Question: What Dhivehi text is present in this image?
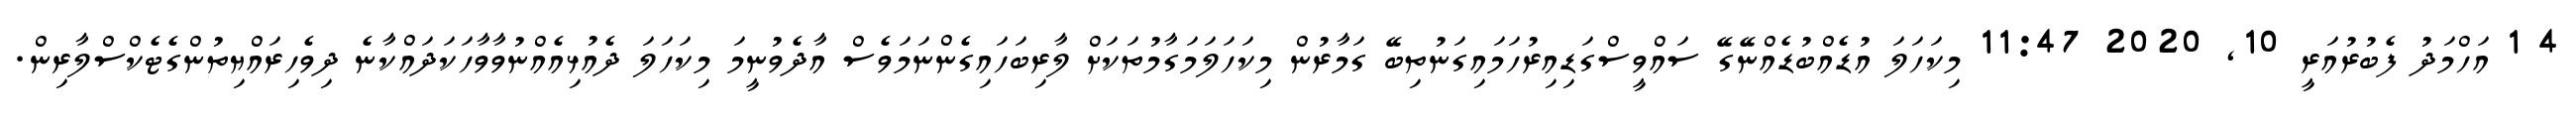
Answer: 4 1 އަހްމަދު ފެބުރުއަރީ 10, 2020 11:47 މިކަހަލަ އުޑެއްބުޑެއްނޭގޭ ސައްވީސްގަޑިއިރުހަމައިގަނުތިބޭ ގަމާރުން މިކަހަލަމަގާމުތަކަށް ލާރިބަހައިގެންނަމަވެސް އާދެވުނީމަ މިކަހަލަ ދެއުޅިއެއްނުވާވާހަކަދައްކާނެ ދިވެހިރައްޔިތުންގެޓެކްސްލާރިން.